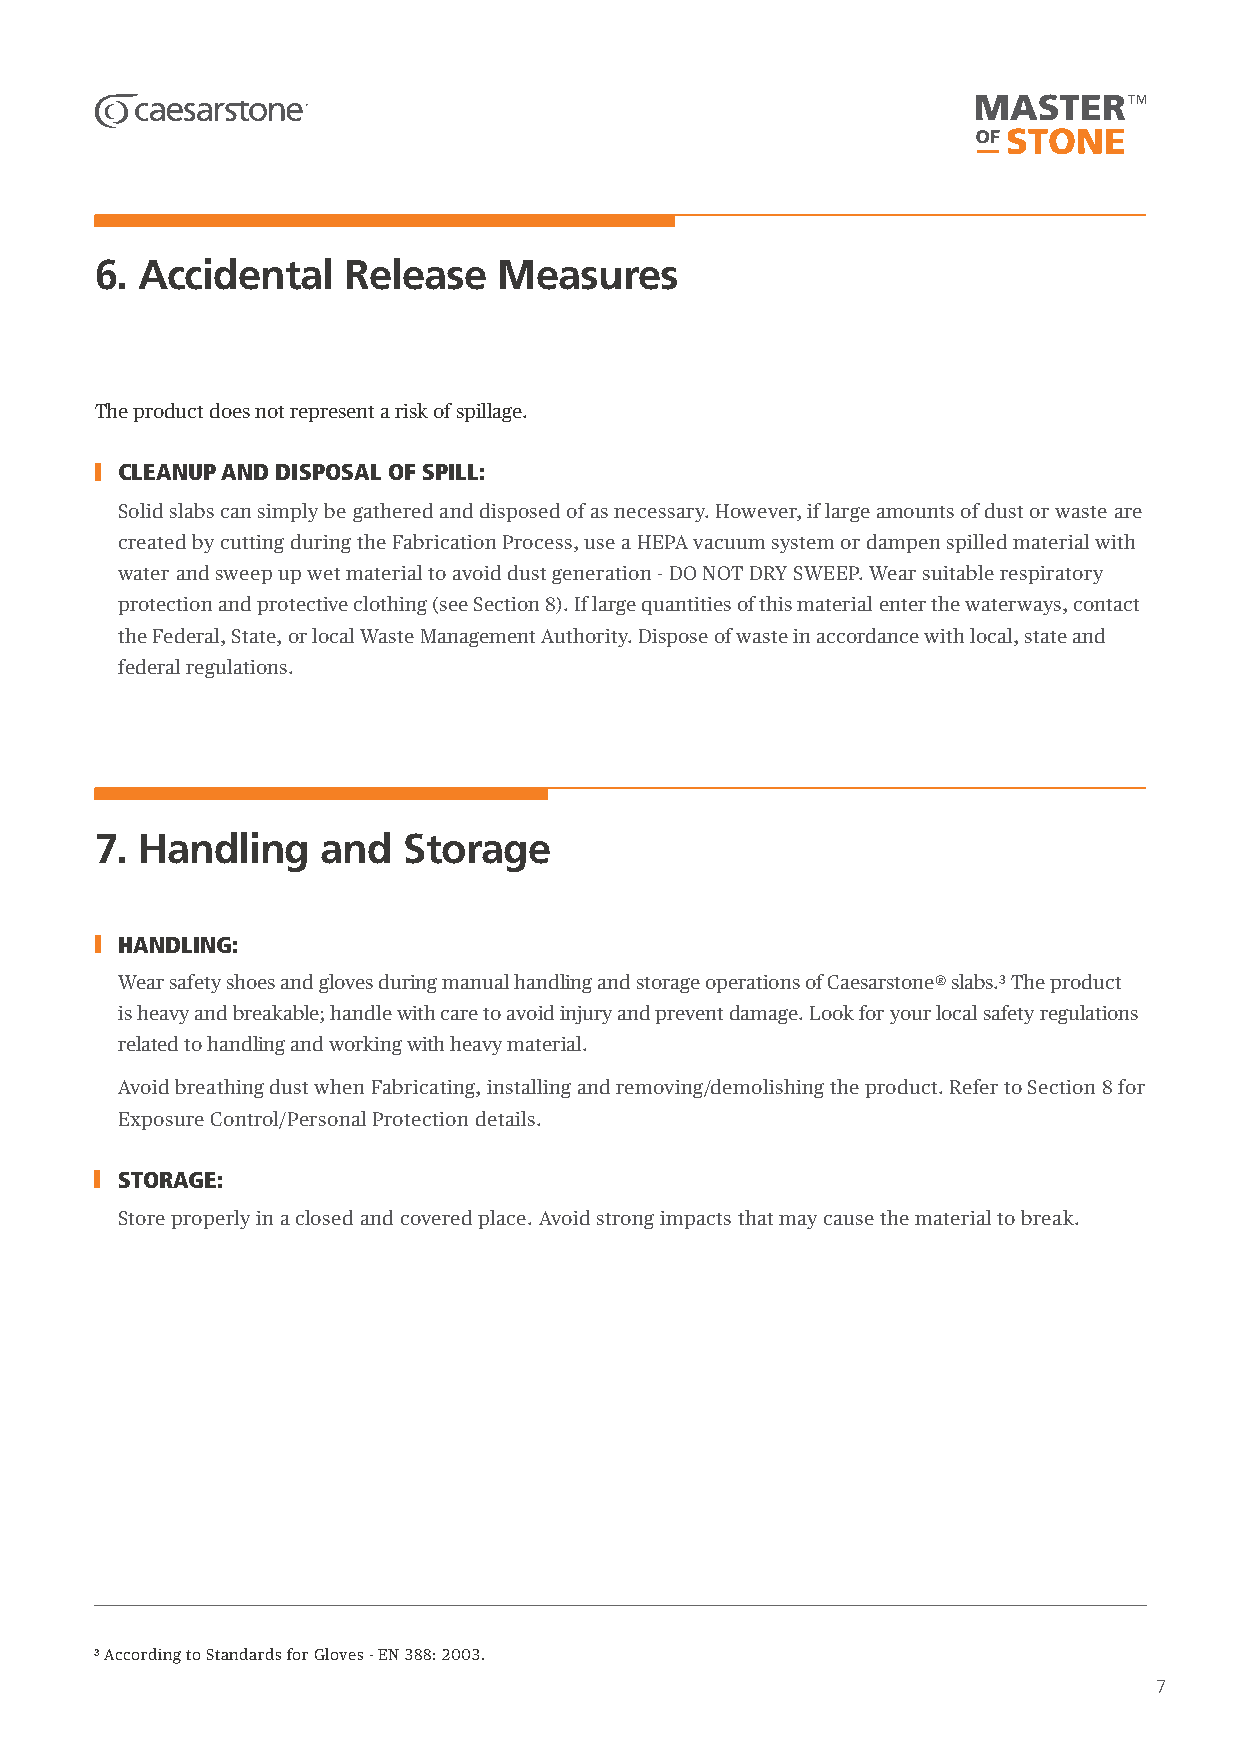
6. Accidental    Release   Measures
 The product does not represent a risk of spillage.
 CLEANUP AND DISPOSAL OF SPILL:
 Solid slabs can simply be gathered and disposed of as necessary. However, if large amounts of dust or waste are
 created by cutting during the Fabrication Process, use a HEPA vacuum system or dampen spilled material with
 water and sweep up wet material to avoid dust generation - DO NOT DRY SWEEP. Wear suitable respiratory
 protection and protective clothing (see Section 8). If large quantities of this material enter the waterways, contact
 the Federal, State, or local Waste Management Authority. Dispose of waste in accordance with local, state and
 federal regulations.
 7. Handling    and   Storage
 HANDLING:
 Wear safety shoes and gloves during manual handling and storage operations of Caesarstone® slabs.3 The product
 is heavy and breakable; handle with care to avoid injury and prevent damage. Look for your local safety regulations
 related to handling and working with heavy material.
 Avoid breathing dust when Fabricating, installing and removing/demolishing the product. Refer to Section 8 for
 Exposure Control/Personal Protection details.
 STORAGE:
 Store properly in a closed and covered place. Avoid strong impacts that may cause the material to break.
 3 According to Standards for Gloves - EN 388: 2003.
 7